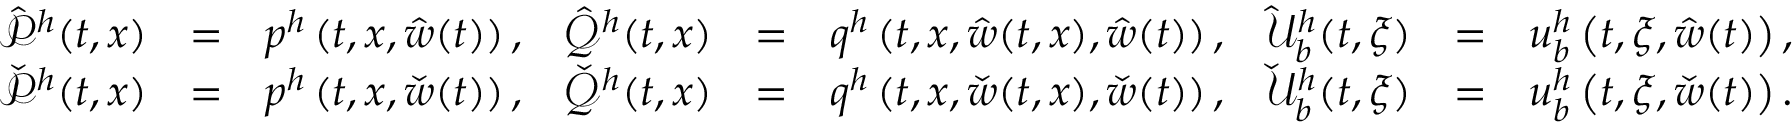
\! \! \! \begin{array} { r c l r c l r c l } { \hat { \mathcal { P } } ^ { h } ( t , x ) } & { = } & { p ^ { h } \left( t , x , \hat { w } ( t ) \right) , } & { \hat { \mathcal { Q } } ^ { h } ( t , x ) } & { = } & { q ^ { h } \left( t , x , \hat { w } ( t , x ) , \hat { w } ( t ) \right) , } & { \hat { \mathcal { U } } _ { b } ^ { h } ( t , \xi ) } & { = } & { u _ { b } ^ { h } \left( t , \xi , \hat { w } ( t ) \right) , } \\ { \check { \mathcal { P } } ^ { h } ( t , x ) } & { = } & { p ^ { h } \left( t , x , \check { w } ( t ) \right) , } & { \check { \mathcal { Q } } ^ { h } ( t , x ) } & { = } & { q ^ { h } \left( t , x , \check { w } ( t , x ) , \check { w } ( t ) \right) , } & { \check { \mathcal { U } } _ { b } ^ { h } ( t , \xi ) } & { = } & { u _ { b } ^ { h } \left( t , \xi , \check { w } ( t ) \right) . } \end{array}